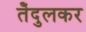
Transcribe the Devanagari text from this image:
तेँदुलकर